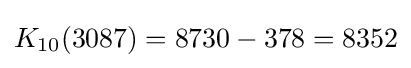
K_{10}(3087)=8730-378=8352